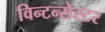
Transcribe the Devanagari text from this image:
विन्टन्सेस्टर